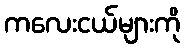
ကလေးငယ်များကို